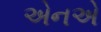
એનએ